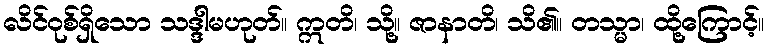
လိင်ဝုစ်ရှိသော သဒ္ဒါမဟုတ်။ ဣတိ၊ သို့။ ဇာနာတိ၊ သိ၏။ တသ္မာ၊ ထို့ကြောင့်။